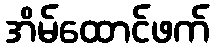
အိမ်ထောင်ဖက်